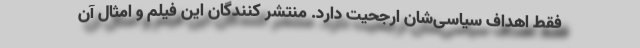
فقط اهداف سیاسی‌شان ارجحیت دارد. منتشر کنندگان این فیلم و امثال آن